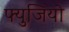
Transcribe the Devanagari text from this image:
फ्युजियो